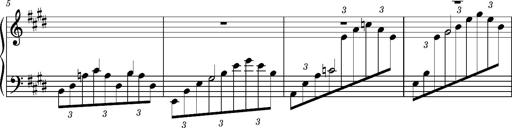
Title: PrÃ©ludes et Harmonies poÃ©tiques et religieuses
Composer: Franz Liszt